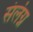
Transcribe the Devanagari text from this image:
संलंग्न